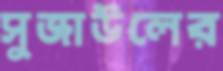
সুজাউলের